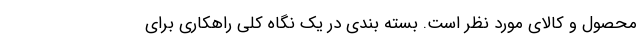
محصول و کالای مورد نظر است. بسته بندی در یک نگاه کلی راهکاری برای